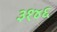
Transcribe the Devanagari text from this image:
३१४६